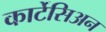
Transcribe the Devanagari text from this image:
कार्टेसिअन